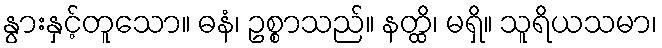
နွားနှင့်တူသော။ ဓနံ၊ ဥစ္စာသည်။ နတ္ထိ၊ မရှိ။ သူရိယသမာ၊